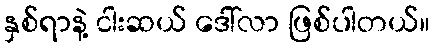
နှစ်ရာနဲ့ ငါးဆယ် ဒေါ်လာ ဖြစ်ပါတယ်။